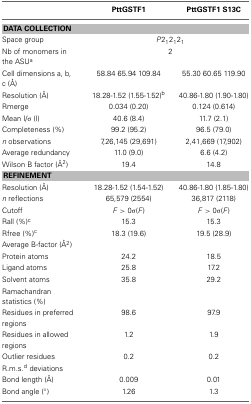
<table><thead><tr><td></td><td><b>PttGSTF1</b></td><td><b>PttGSTF1 S13C</b></td></tr></thead><tbody><tr><td colspan="3"><b>DATA COLLECTION</b></td></tr><tr><td>Space group</td><td colspan="2"><i>P</i>2<sub>1</sub>2<sub>1</sub>2<sub>1</sub></td></tr><tr><td>Nb of monomers in the ASU<sup>a</sup></td><td colspan="2">2</td></tr><tr><td>Cell dimensions a, b, c (Å)</td><td>58.84 65.94 109.84</td><td>55.30 60.65 119.90</td></tr><tr><td>Resolution (Å)</td><td>18.28-1.52 (1.55-1.52)<sup>b</sup></td><td>40.86-1.80 (1.90-1.80)</td></tr><tr><td>Rmerge</td><td>0.034 (0.20)</td><td>0.124 (0.614)</td></tr><tr><td>Mean I/σ (I)</td><td>40.6 (8.4)</td><td>11.7 (2.1)</td></tr><tr><td>Completeness (%)</td><td>99.2 (95.2)</td><td>96.5 (79.0)</td></tr><tr><td><i>n</i> observations</td><td>7,26,145 (29,691)</td><td>2,41,669 (17,902)</td></tr><tr><td>Average redundancy</td><td>11.0 (9.0)</td><td>6.6 (4.2)</td></tr><tr><td>Wilson B factor (Å<sup>2</sup>)</td><td>19.4</td><td>14.8</td></tr><tr><td colspan="3"><b>REFINEMENT</b></td></tr><tr><td>Resolution (Å)</td><td>18.28-1.52 (1.54-1.52)</td><td>40.86-1.80 (1.85-1.80)</td></tr><tr><td><i>n</i> reflections</td><td>65,579 (2554)</td><td>36,817 (2118)</td></tr><tr><td>Cutoff</td><td><i>F</i> &gt; 0σ(<i>F</i>)</td><td><i>F</i> &gt; 0σ(<i>F</i>)</td></tr><tr><td>Rall (%)<sup>c</sup></td><td>15.3</td><td>15.3</td></tr><tr><td>Rfree (%)<sup>c</sup></td><td>18.3 (19.6)</td><td>19.5 (28.9)</td></tr><tr><td>Average B-factor (Å<sup>2</sup>)</td><td></td><td></td></tr><tr><td>Protein atoms</td><td>24.2</td><td>18.5</td></tr><tr><td>Ligand atoms</td><td>25.8</td><td>17.2</td></tr><tr><td>Solvent atoms</td><td>35.8</td><td>29.2</td></tr><tr><td>Ramachandran statistics (%)</td><td></td><td></td></tr><tr><td>Residues in preferred regions</td><td>98.6</td><td>97.9</td></tr><tr><td>Residues in allowed regions</td><td>1.2</td><td>1.9</td></tr><tr><td>Outlier residues</td><td>0.2</td><td>0.2</td></tr><tr><td>R.m.s.<sup>d</sup> deviations</td><td></td><td></td></tr><tr><td>Bond length (Å)</td><td>0.009</td><td>0.01</td></tr><tr><td>Bond angle (°)</td><td>1.26</td><td>1.3</td></tr></tbody></table>